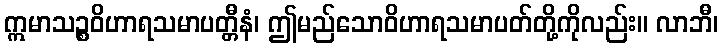
ဣမာသဉ္စဝိဟာရသမာပတ္တီနံ၊ ဤမည်သောဝိဟာရသမာပတ်တို့ကိုလည်း။ လာဘီ၊